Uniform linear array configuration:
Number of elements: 8
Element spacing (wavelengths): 0.75
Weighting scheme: kaiser
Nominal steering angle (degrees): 45
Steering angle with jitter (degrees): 44.121
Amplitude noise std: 0.05
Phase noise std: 0.05

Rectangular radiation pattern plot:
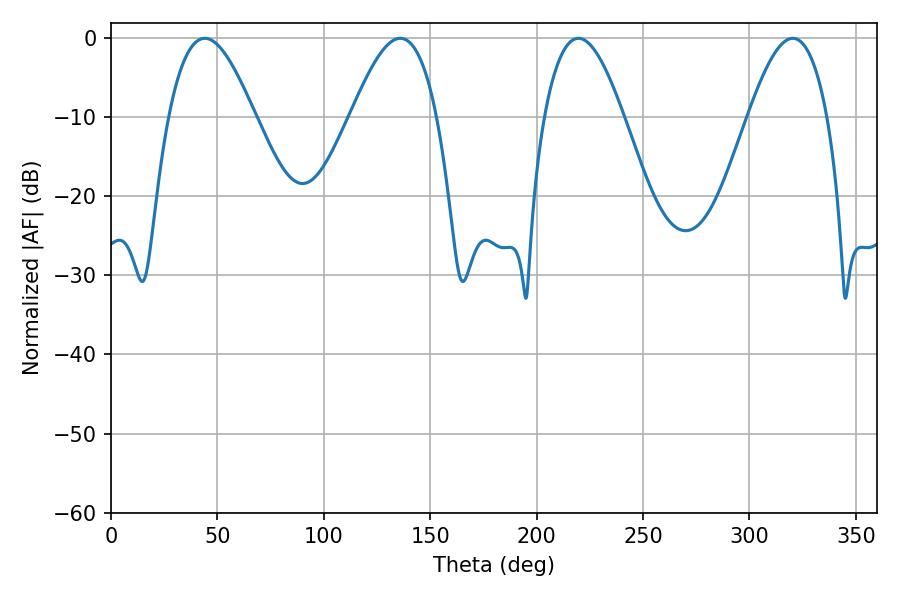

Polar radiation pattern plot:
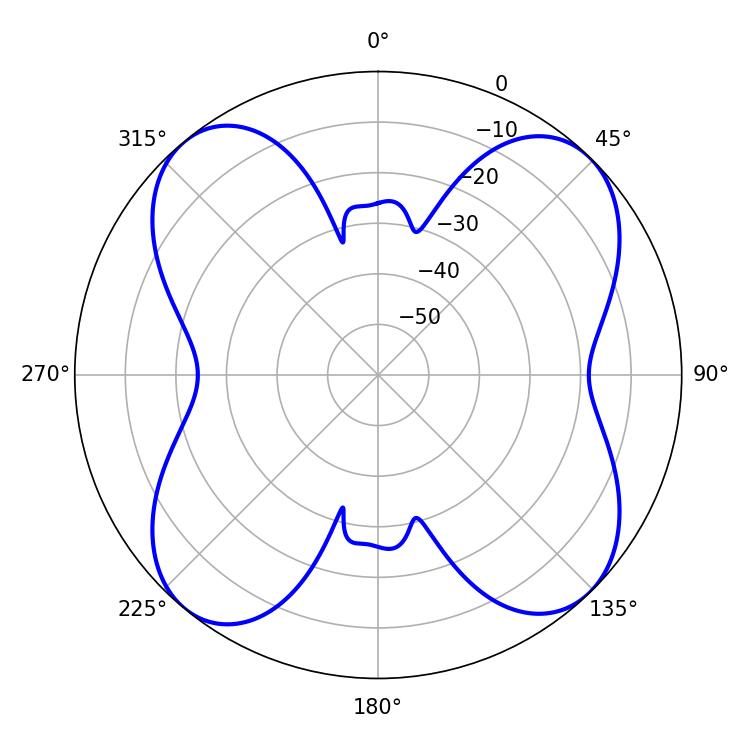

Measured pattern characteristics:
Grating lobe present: TRUE
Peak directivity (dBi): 13.141
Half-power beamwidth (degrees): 20.34
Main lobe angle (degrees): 219.6